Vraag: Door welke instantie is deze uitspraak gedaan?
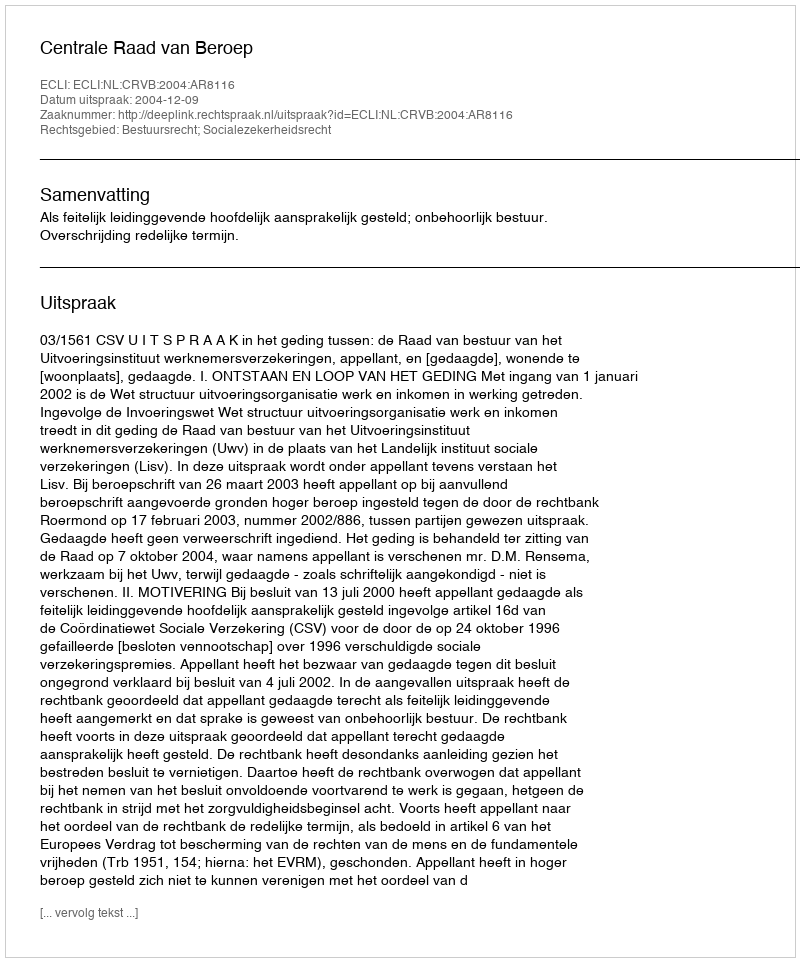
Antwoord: Centrale Raad van Beroep